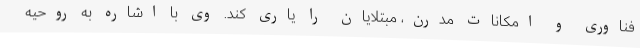
فناوری و امکانات مدرن، مبتلایان را یاری کند. وی با اشاره به روحیه